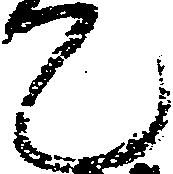
て